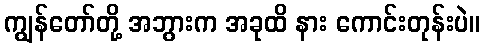
ကျွန်တော်တို့ အဘွားက အခုထိ နား ကောင်းတုန်းပဲ။